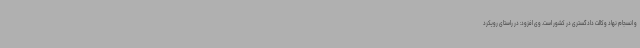
و انسجام نهاد وکالت دادگستری در کشور است. وی افزود: در راستای رویکرد